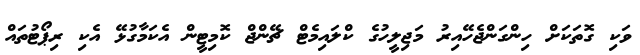
ވަކި ގޮތަކަށް ހިންގަންޖެހޭއިރު މަޖިލީހުގެ ކްލައިމެޓް ޗޭންޖް ކޮމިޓީން އެކަމާގުޅޭ އެކި ރިޕޯޓުތައް